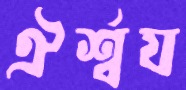
ঐর্শ্বয